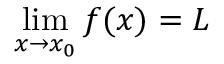
\operatorname* { l i m } _ { x \to x _ { 0 } } f ( x ) = L